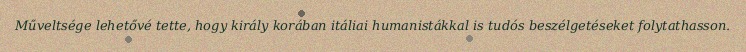
Műveltsége lehetővé tette, hogy király korában itáliai humanistákkal is tudós beszélgetéseket folytathasson.